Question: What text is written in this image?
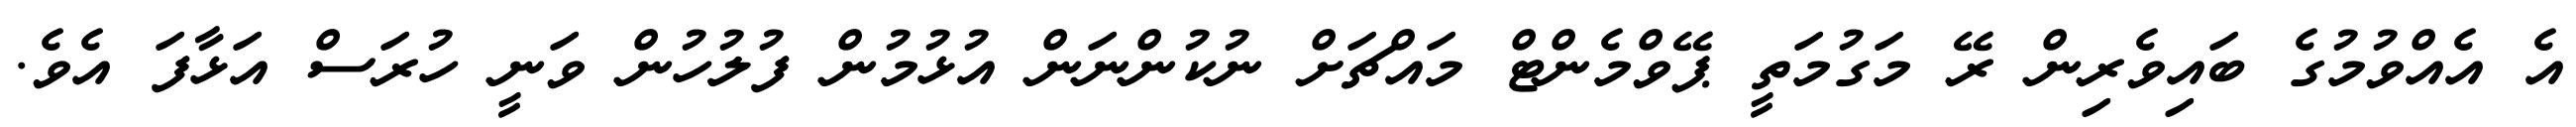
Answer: އެ އެއްވުމުގެ ބައިވެރިން ރޭ މަގުމަތީ ޕޭވްމެންޓް މައްޗަށް ނުކުންނަން އުޅުމުން ފުލުހުން ވަނީ ހުރަސް އަޅާފަ އެވެ.